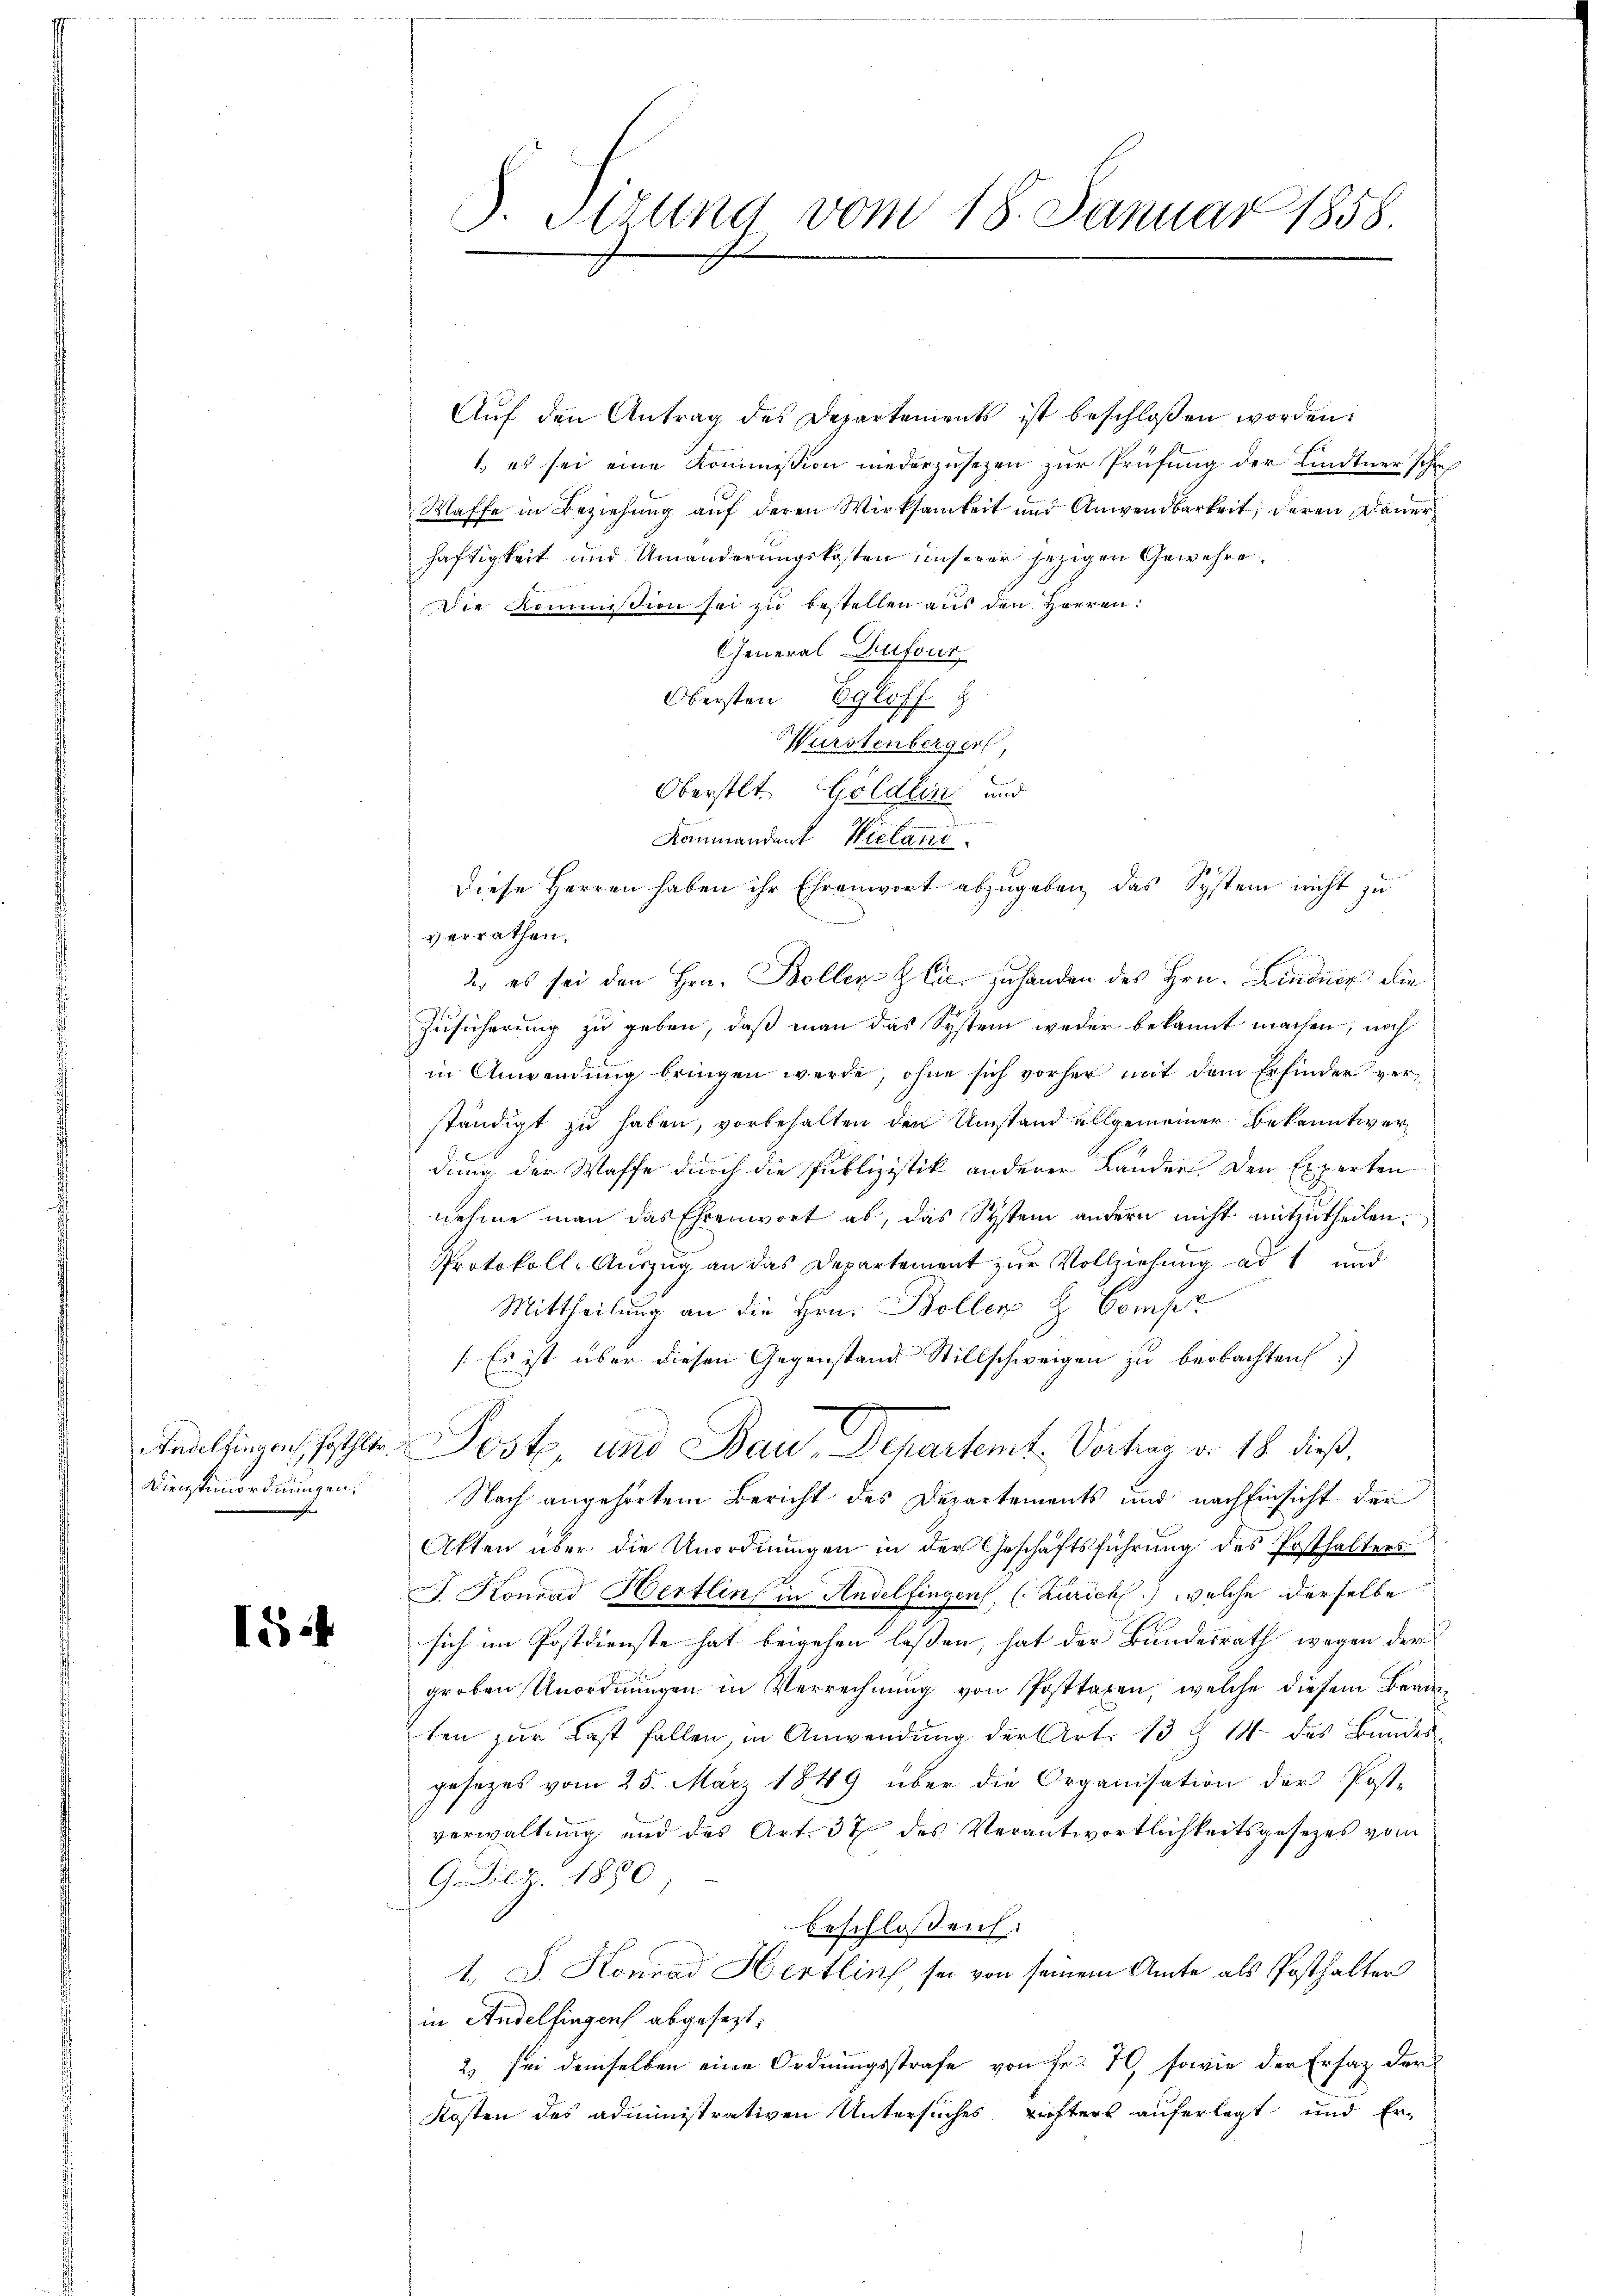
Dienstenordnungen.

1

S. Titung vom 18. Januar 1858.

Auf den Antrag des Departements ist beschlossen worden:
1.) es sei eine Kommission niederzusezen zur Prüfung der Lindtner schre
Waffe in Beziehung auf deren Wirksamkeit und Anwendbarkeit, deren Dauer
haftigkeit und Umänderungskosten unserer jezigen Gewehre.
Die Kommission sei zu bestellen aus den Herren:
General Dufour
Obersten Egloff z
Würstenberger,
Oberstet. Göldlin und
Beg
Raumandent Wieland.
Diese Herren haben ihr Ehrenwort abzugeben, das System nicht zu
verrathen,
2. es sei den Hrn. Bollen Glic zuhanden des Hrn. Lindner die
Zusicherung zu geben, daß man das System weder bekannt machen, noch
in Anwendung bringen werde, ohne sich vorher mit dem Erfinder verständigt zu haben, vorbehalten den Umstand allgemeiner Bekanntwerdung der Waffe durch die Publizistik anderer Lander. Den Experten
nehme man das Ehrenwort ab, das System andern nicht mitzutheilen.
Protokoll-Auszug an das Departement zur Vollziehung ad 1 und
Mittheilung an die Hrn. Boller H. Compr
/. Es ist über diesen Gegenstand Stillschweigen zu beobachten)
tealsingen, hatter Post, und Bau-Departemt. Vortrag v. 18. dieß,
Nach angehörtem Bericht des Departements und nach Einsicht der
Akten über die Unordnungen in der Geschäftsführung des Posthalters
J. Konrad Hertlin in Andelfingen, (Zürich) welche derselbe
sich im Postdienste hat beigehen lassen, hat der Bundesrath wegen der
groben Unordnŭngen in Verrechnung von Posttaxen, welche diesem Beamten zur Last fallen, in Anwendung der Art. 13 § 14 des Bundesgesezes vom 25. März 1849 über die Organisation der Post-
verwaltung und des Art. 37 des Verantwortlichkeitsgesetzes vom
G. Der 1880
beschlossen
A. J. Konrad Hertlin, sei von seinem Amte als Posthalter
in Andelfingens abgesezt,
2) sei demselben eine Ordnungsstrafe von Fr. 70, sowie der Ersatz der
Kosten des administrativen Untersuches richters auferlegt und Er-